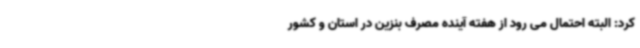
کرد: البته احتمال می رود از هفته آینده مصرف بنزین در استان و کشور